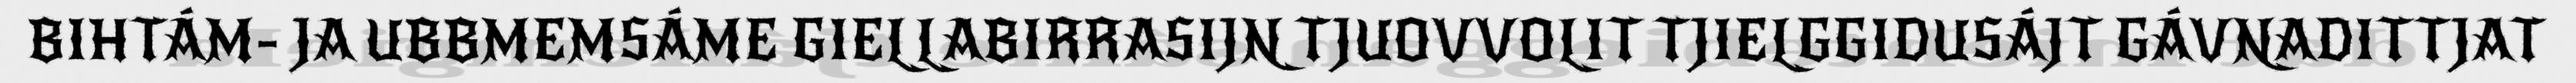
BIHTÁM- JA UBBMEMSÁME GIELLABIRRASIJN TJUOVVOLIT TJIELGGIDUSÁJT GÁVNADITTJAT